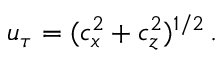
u _ { \tau } = ( c _ { x } ^ { 2 } + c _ { z } ^ { 2 } ) ^ { 1 / 2 } \, .